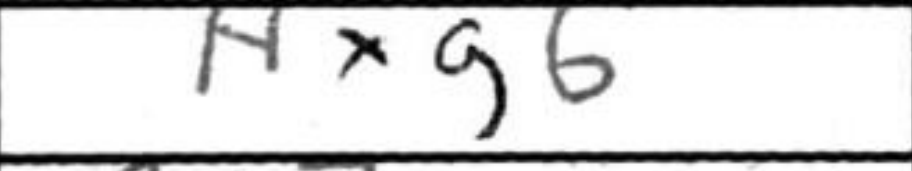
Transcription: hxg6